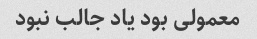
معمولی بود یاد جالب نبود